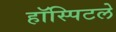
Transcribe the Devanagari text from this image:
हॉस्पिटले